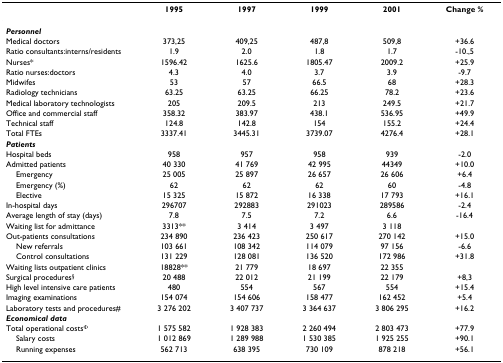
<table><thead><tr><td></td><td><b>1995</b></td><td><b>1997</b></td><td><b>1999</b></td><td><b>2001</b></td><td><b>Change %</b></td></tr></thead><tbody><tr><td colspan="6"><b><i>Personnel</i></b></td></tr><tr><td>Medical doctors</td><td>373,25</td><td>409,25</td><td>487,8</td><td>509,8</td><td>+36.6</td></tr><tr><td>Ratio consultants:interns/residents</td><td>1.9</td><td>2.0</td><td>1.8</td><td>1.7</td><td>-10.,5</td></tr><tr><td>Nurses*</td><td>1596.42</td><td>1625.6</td><td>1805.47</td><td>2009.2</td><td>+25.9</td></tr><tr><td>Ratio nurses:doctors</td><td>4.3</td><td>4.0</td><td>3.7</td><td>3.9</td><td>-9.7</td></tr><tr><td>Midwifes</td><td>53</td><td>57</td><td>66.5</td><td>68</td><td>+28.3</td></tr><tr><td>Radiology technicians</td><td>63.25</td><td>63.25</td><td>66.25</td><td>78.2</td><td>+23.6</td></tr><tr><td>Medical laboratory technologists</td><td>205</td><td>209.5</td><td>213</td><td>249.5</td><td>+21.7</td></tr><tr><td>Office and commercial staff</td><td>358.32</td><td>383.97</td><td>438.1</td><td>536.95</td><td>+49.9</td></tr><tr><td>Technical staff</td><td>124.8</td><td>142.8</td><td>154</td><td>155.2</td><td>+24.4</td></tr><tr><td>Total FTEs</td><td>3337.41</td><td>3445.31</td><td>3739.07</td><td>4276.4</td><td>+28.1</td></tr><tr><td colspan="6"><b><i>Patients</i></b></td></tr><tr><td>Hospital beds</td><td>958</td><td>957</td><td>958</td><td>939</td><td>-2.0</td></tr><tr><td>Admitted patients</td><td>40 330</td><td>41 769</td><td>42 995</td><td>44349</td><td>+10.0</td></tr><tr><td> Emergency</td><td>25 005</td><td>25 897</td><td>26 657</td><td>26 606</td><td>+6.4</td></tr><tr><td> Emergency (%)</td><td>62</td><td>62</td><td>62</td><td>60</td><td>-4.8</td></tr><tr><td> Elective</td><td>15 325</td><td>15 872</td><td>16 338</td><td>17 793</td><td>+16.1</td></tr><tr><td>In-hospital days</td><td>296707</td><td>292883</td><td>291023</td><td>289586</td><td>-2.4</td></tr><tr><td>Average length of stay (days)</td><td>7.8</td><td>7.5</td><td>7.2</td><td>6.6</td><td>-16.4</td></tr><tr><td>Waiting list for admittance</td><td>3313**</td><td>3 414</td><td>3 497</td><td>3 118</td><td></td></tr><tr><td>Out-patients consultations</td><td>234 890</td><td>236 423</td><td>250 617</td><td>270 142</td><td>+15.0</td></tr><tr><td> New referrals</td><td>103 661</td><td>108 342</td><td>114 079</td><td>97 156</td><td>-6.6</td></tr><tr><td> Control consultations</td><td>131 229</td><td>128 081</td><td>136 520</td><td>172 986</td><td>+31.8</td></tr><tr><td>Waiting lists outpatient clinics</td><td>18828**</td><td>21 779</td><td>18 697</td><td>22 355</td><td></td></tr><tr><td>Surgical procedures<sup>§</sup></td><td>20 488</td><td>22 012</td><td>21 199</td><td>22 179</td><td>+8,3</td></tr><tr><td>High level intensive care patients</td><td>480</td><td>554</td><td>567</td><td>554</td><td>+15.4</td></tr><tr><td>Imaging examinations</td><td>154 074</td><td>154 606</td><td>158 477</td><td>162 452</td><td>+5.4</td></tr><tr><td>Laboratory tests and procedures#</td><td>3 276 202</td><td>3 407 737</td><td>3 364 637</td><td>3 806 295</td><td>+16.2</td></tr><tr><td colspan="6"><b><i>Economical data</i></b></td></tr><tr><td>Total operational costs<sup>Φ</sup></td><td>1 575 582</td><td>1 928 383</td><td>2 260 494</td><td>2 803 473</td><td>+77.9</td></tr><tr><td> Salary costs</td><td>1 012 869</td><td>1 289 988</td><td>1 530 385</td><td>1 925 255</td><td>+90.1</td></tr><tr><td> Running expenses</td><td>562 713</td><td>638 395</td><td>730 109</td><td>878 218</td><td>+56.1</td></tr></tbody></table>